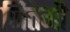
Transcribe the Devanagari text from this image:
जितेगी